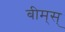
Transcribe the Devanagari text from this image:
बीम्‌स्